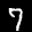
Label: 7